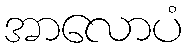
အာလောပံ